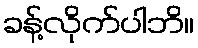
ခန့်လိုက်ပါဘိ။